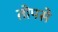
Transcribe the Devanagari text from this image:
तोपसे